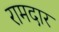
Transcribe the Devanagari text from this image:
रामदार